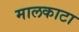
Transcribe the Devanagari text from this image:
मालकाटा